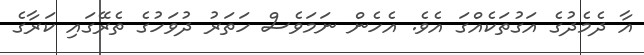
އާ ދެމެދުގެ އަގުތަކެއްގަ އެވެ. އެހެން ނަމަވެސް ހަތަރު ދުވަހުގެ ތެރޭގައި ކަރާގެ